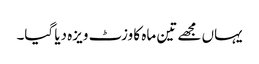
یہاں مجھے تین ماہ کا وزٹ ویزہ دیا گیا۔